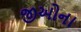
જીઓના